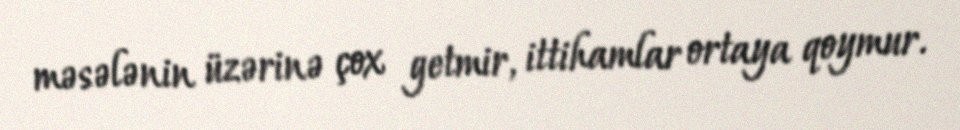
məsələnin üzərinə çox getmir, ittihamlar ortaya qoymur.